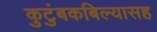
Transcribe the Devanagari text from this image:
कुटुंबकबिल्यासह